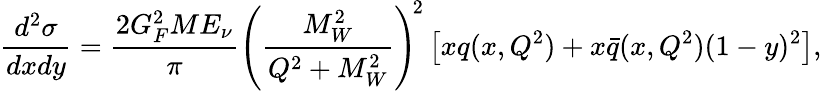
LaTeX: \frac{d^{2}\sigma}{dxdy}=\frac{2G_{F}^{2}ME_{\nu}}{\pi}\left(\frac{M_{W}^{2}}{Q^{2}+M_{W}^{2}}\right)^{\! 2}\left[xq(x,Q^{2})+x\bar{q}(x,Q^{2})(1-y)^{2}\right],